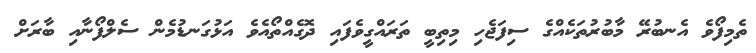
ތެމިފޯވެ އެނބުރޭ މާބުރުތަކެއްގެ ސިފަޖެހި މިތިބީ ތަރައްގީވެފައި ދޮގެއްތޯއެވެ އަޅުގަނޑުމެން ސެލްފޯނާއި ބާރަށް